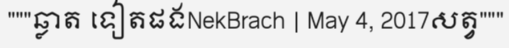
"""ឆ្លាត ទៀតផងNekBrach | May 4, 2017សត្វ"""